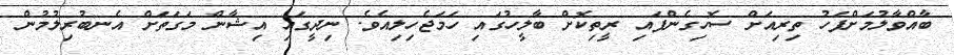
ބާއްވާލުމަށްފަހު ތިރިއަށް ސޮހިގެންފައި ރީތިކޮށް ބާލީހުގައި ހަމަޖެހިލިއެވެ. ނިދީގައި އިޝާން މަގަތަށް އެނބުރިލުމުން